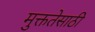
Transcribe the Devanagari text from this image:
मुक्ततेसाठी